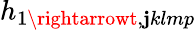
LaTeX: h_{1\rightarrowt,\mathbf{j}klmp}